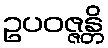
ဥပဝဇ္ဇန္တိ